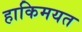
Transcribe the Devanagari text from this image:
हाकिमयत